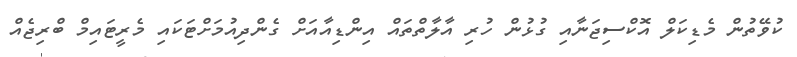
ކުވޭތުން މެޑިކަލް އޮކްސިޖަނާއި ގުޅުން ހުރި އާލާތްތައް އިންޑިއާއަށް ގެންދިއުމަށްޓަކައި މެރީޓައިމް ބްރިޖެއް